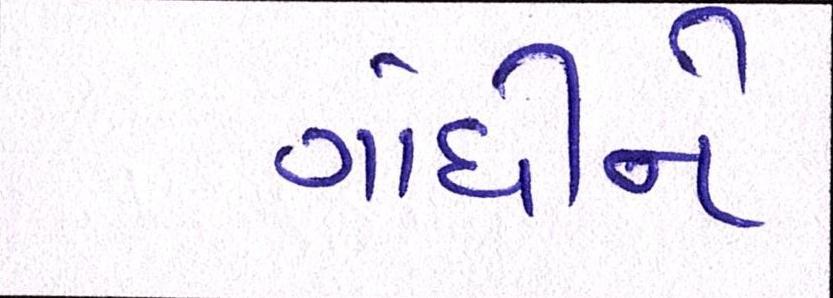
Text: ગાંધીને